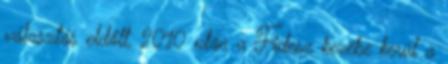
választás eldőlt, 2010 után a Fidesz kezébe kerül a